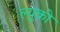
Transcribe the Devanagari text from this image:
ल्युको